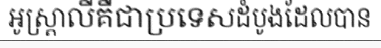
អូស្ត្រាលីគឺជាប្រទេសដំបូងដែលបាន